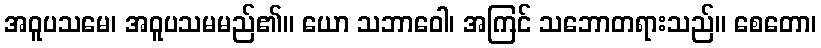
အဝူပသမေ၊ အဝူပသမမည်၏။ ယော သဘာဝေါ၊ အကြင် သဘောတရားသည်။ စေတော၊